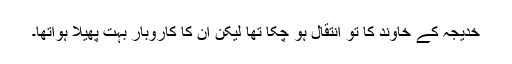
خدیجہ کے خاوند کا تو انتقال ہو چکا تھا لیکن ان کا کاروبار بہت پھیلا ہواتھا۔